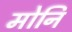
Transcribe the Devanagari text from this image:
मोनि